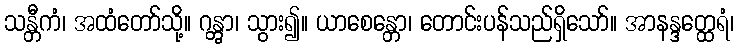
သန္တီကံ၊ အထံတော်သို့။ ဂန္တွာ၊ သွား၍။ ယာစေန္တော၊ တောင်းပန်သည်ရှိသော်။ အာနန္ဒတ္ထေရံ၊